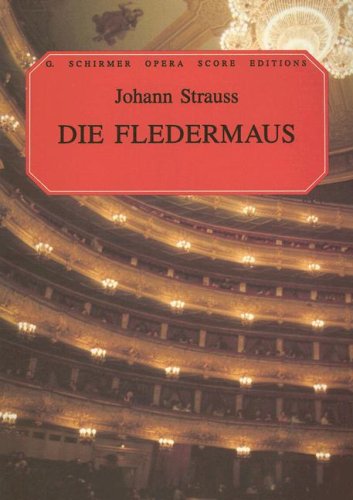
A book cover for Die Fledermaus: Vocal Score (G. Schirmer Opera Score Editions); Ruth Martin; Humor & Entertainment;